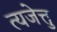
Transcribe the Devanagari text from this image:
त्यजेत्तु